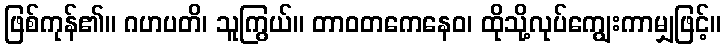
ဖြစ်ကုန်၏။ ဂဟပတိ၊ သူကြွယ်။ တာဝတကေနေဝ၊ ထိုသို့လုပ်ကျွေးကာမျှဖြင့်။